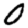
Digit: 0